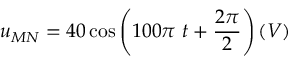
u _ { M N } = 4 0 \cos { \left( 1 0 0 \pi \ t + \frac { 2 \pi } { 2 } \right) } \left( V \right)